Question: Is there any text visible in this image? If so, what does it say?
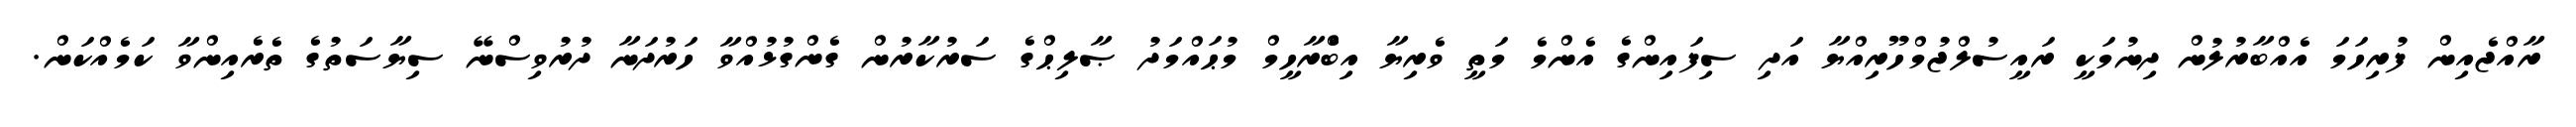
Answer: ރާއްޖެއިން ފުރިހަމަ އެއްބާރުލުން ދިނުމަކީ ރައީސުލްޖުމްހޫރިއްޔާ އަދި ސިފައިންގެ އެންމެ މަތީ ވެރިޔާ އިބްެރާހީމް މުޙައްމަދު ޞާލިޙްގެ ސަރުކާރުން ގެންގުޅުއްވާ ހަރުދަނާ ދުރުވިސްނޭ ސިޔާސަތުގެ ތެރެއިންވާ ކަމެއްކަން.